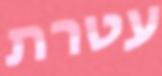
עטרת